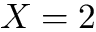
X = 2